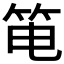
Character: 𰩳